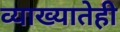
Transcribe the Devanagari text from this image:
व्याख्यातेही